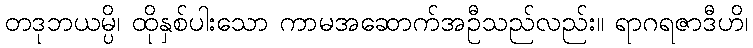
တဒုဘယမ္ပိ၊ ထိုနှစ်ပါးသော ကာမအဆောက်အဦသည်လည်း။ ရာဂရဇာဒီဟိ၊